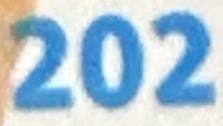
202